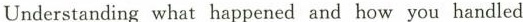
Understanding what happened and how you handled